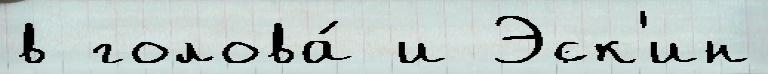
в голова́ и Эск'ин